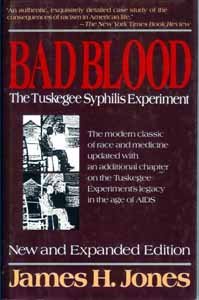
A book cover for Bad Blood: The Tuskegee Syphilis Experiment; James H. Jones; Health, Fitness & Dieting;